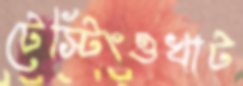
টেস্টিংওখাট